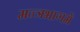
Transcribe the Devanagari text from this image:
मन्त्रभागमें